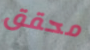
محقق